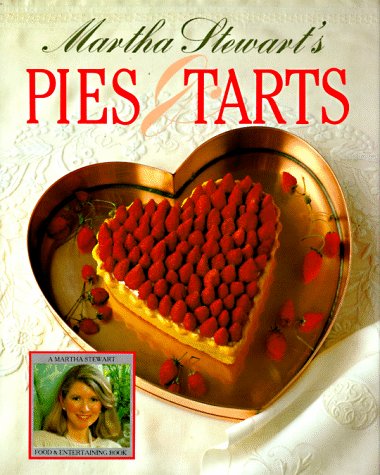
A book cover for Martha Stewart's Pies and Tarts; Martha Stewart; Cookbooks, Food & Wine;